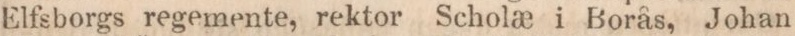
Elfsborgs regemente, rektor Scholæ i Borås, Johan